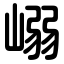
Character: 嵶